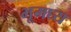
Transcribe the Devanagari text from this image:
भूमघ्य